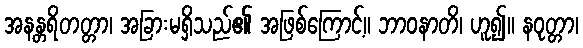
အနန္တရိတတ္တာ၊ အခြားမရှိသည်၏ အဖြစ်ကြောင့်။ ဘာဝနာတိ၊ ဟူ၍။ နဝုတ္တာ၊